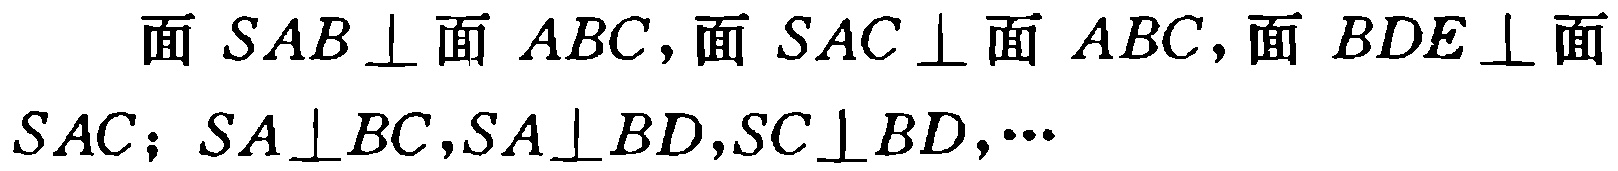
面 \(SAB\perp\) 面 \(ABC\)，面 \(SAC\perp\) 面 \(ABC\)，面 \(BDE\perp\) 面 \(SAC\)；\(SA\perp BC\)，\(SA\perp BD\)，\(SC\perp BD\)，\(\cdots\)